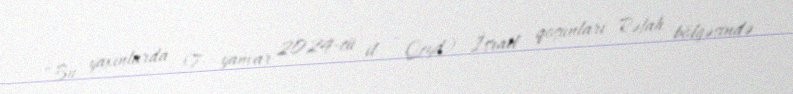
“Bu yaxınlarda (7 yanvar 2024-cü il - Qeyd) İsrail qoşunları Rəfah bölgəsində